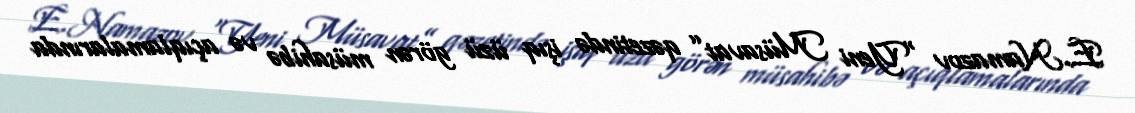
E.Namazov “Yeni Müsavat” qəzetində işıq üzü görən müsahibə və açıqlamalarında